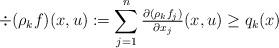
LaTeX: \begin{align*}\div(\rho_k f)(x,u):=\sum_{j=1}^n\tfrac{\partial (\rho_k f_j)}{\partial x_j}(x,u)\geq q_k(x)\end{align*}